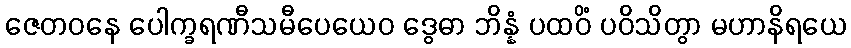
ဇေတဝနေ ပေါက္ခရဏီသမီပေယေဝ ဒွေဓာ ဘိန္နံ ပထဝိံ ပဝိသိတွာ မဟာနိရယေ